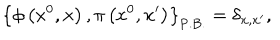
\left\{ \phi \left( x ^ { 0 } , { \bf x } \right) , \pi \left( x ^ { 0 } , { \bf x ^ { \prime } } \right) \right\} _ { \mathrm { P . B . } } = \delta _ { { \bf x } , { \bf x ^ { \prime } } } ,